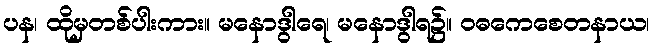
ပန၊ ထိုမှတစ်ပါးကား။ မနောဒွါရေ၊ မနောဒွါရ၌။ ဝဓကေစေတနာယ၊